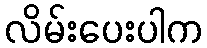
လိမ်းပေးပါက